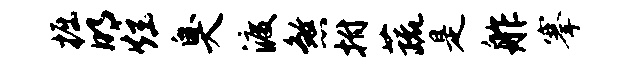
掘明炫臭渡煞拊蔬是舴搴